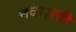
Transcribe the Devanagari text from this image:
नवाज़ती